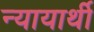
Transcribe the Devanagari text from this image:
न्यायार्थी